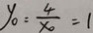
y _ { 0 } = \frac { 4 } { x _ { 0 } } = 1